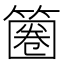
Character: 𥱽